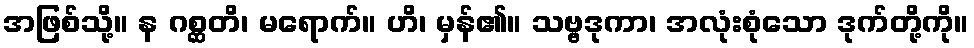
အဖြစ်သို့။ န ဂစ္ဆတိ၊ မရောက်။ ဟိ၊ မှန်၏။ သဗ္ဗဒုကာ၊ အလုံးစုံသော ဒုက်တို့ကို။